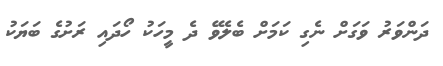
ދަންވަރު ވަގަށް ނެގި ކަމަށް ބެލެވޭ ދެ މީހަކު ހޯދައި ރަށުގެ ބަޔަކު